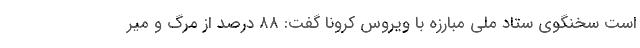
است سخنگوی ستاد ملی مبارزه با ویروس کرونا گفت: ۸۸ درصد از مرگ و میر